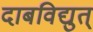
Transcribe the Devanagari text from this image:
दाबविद्युत्‌